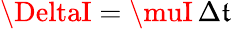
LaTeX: \DeltaI=\muI\, \Delta\mathfrak{t}